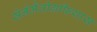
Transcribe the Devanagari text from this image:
सेनेमैतोग्रफियास